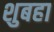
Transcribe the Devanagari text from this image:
शुबहा